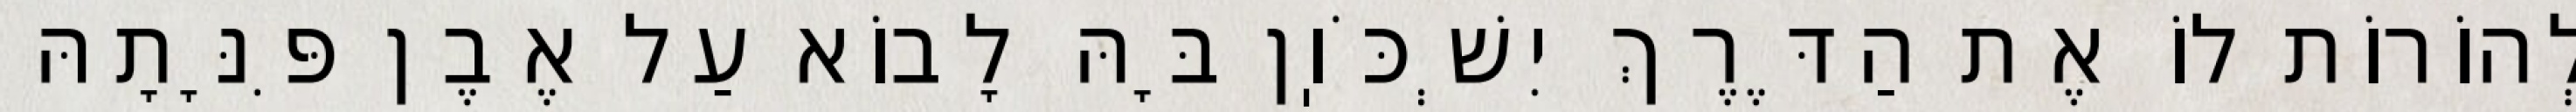
לְהוֹרוֹת לוֹ אֶת הַדֶּרֶךְ יִשְׁכֹּוֽן בָּהּ לָבוֹא עַל אֶבֶן פִּנָּתָהּ